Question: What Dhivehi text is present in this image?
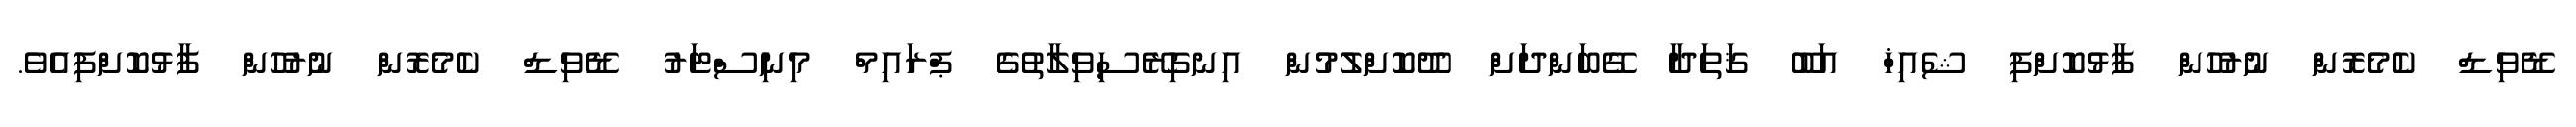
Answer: ޑޭވިޑް ކެމެރޮން ނުރުހުން ފާޅުކޮށްފި ޝެއިޚް އަބޫ ޤަތަދާ ގޭބަންދަށް ދޫކޮށްލުމުން އިނގިރޭސިވިލާތުގެ ޕްރައިމް މިނިސްޓަރު ޑޭވިޑް ކެމެރޮން ނުރުހުން ފާޅުކޮށްފިއެވެ.